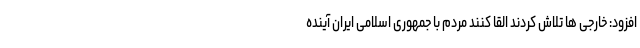
افزود: خارجی ها تلاش کردند القا کنند مردم با جمهوری اسلامی ایران آینده